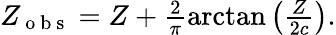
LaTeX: \begin{array}{r}{Z_{\mathrm{~o~b~s~}}=Z+\frac{2}{\pi}\arctan\left(\frac{Z}{2c}\right).}\end{array}